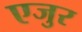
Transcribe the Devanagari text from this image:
एजुर